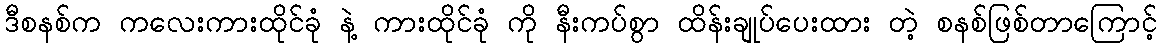
ဒီစနစ်က ကလေးကားထိုင်ခုံ နဲ့ ကားထိုင်ခုံ ကို နီးကပ်စွာ ထိန်းချုပ်ပေးထား တဲ့ စနစ်ဖြစ်တာကြောင့်